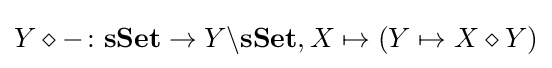
Y\diamond -\colon \mathbf {sSet} \rightarrow Y\backslash \mathbf {sSet} ,X\mapsto (Y\mapsto X\diamond Y)